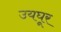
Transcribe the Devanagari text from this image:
उयघूर